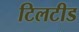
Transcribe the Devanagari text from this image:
टिलटीड